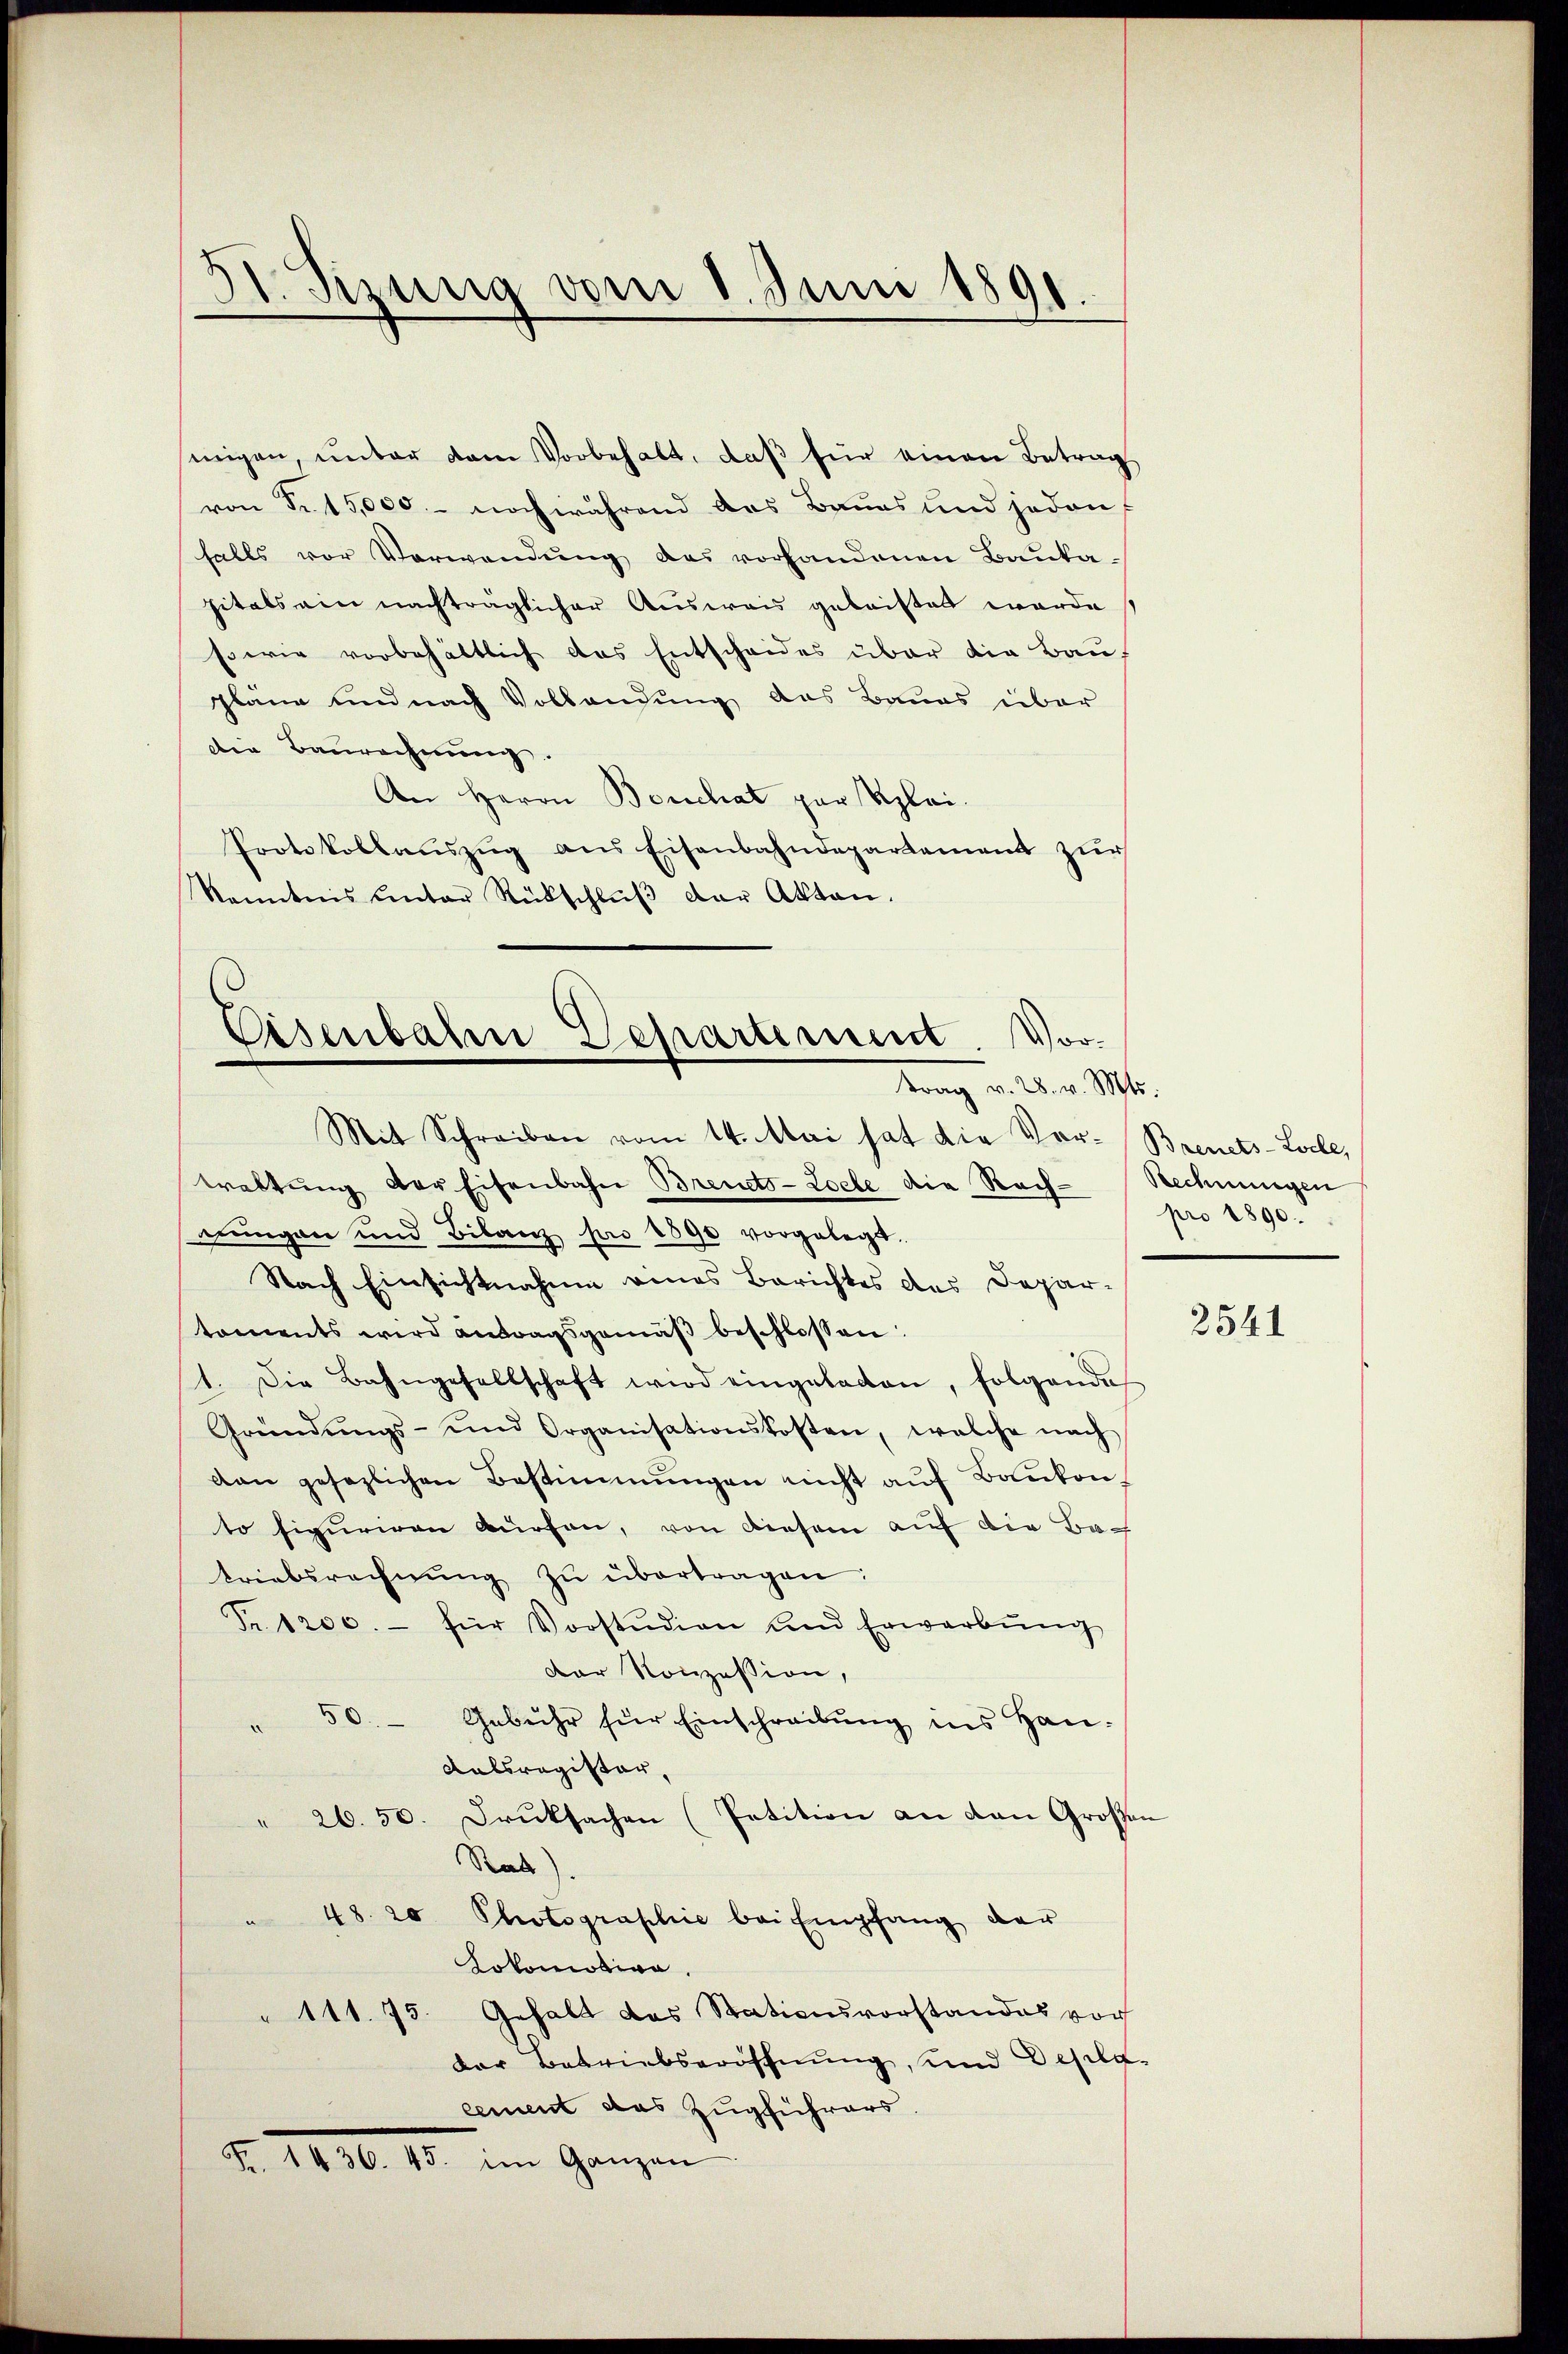
51. Sizung vom 1. Juni 1891.

sinigen, unter dem Vorbehalt, daβ für einen Betrag
von Fr. 15,000.- noch während das Baues und jeden
falls vor Verwendung des vorhandenen Baukapitals ein nachträglicher Ausweis geleistet werde
sowie vorbehältlich das Entscheides über die Bau-
pläne und nach Vollandung das Baues über
die Baurechnung.
An Herrn Berchat par Klei¬
Protokollaŭszŭg ans Eisenbahndepartement zŭr
Kenntnis unter Rückschlŭβ der Akten.

Mit Schreiben vom 14. Mai hat die Vor-Brenets-Loche,
waltung der Eisenbahn Brents-Loete die Rach-Rechnungen
rungen und Bilanz pro 1890 vorgelegt.
Nach Einsichtnahme eines Berichtes des Depar-
koments wird antragsgemäβ beschlossen:
1. Die Bahngesellschaft wird eingeladen, folgende
Gründŭngs- und Organisationskosten, welche nach
van gesezlichen Bestimmungen nicht auf Baukonto figuriren würfen, von diesem auf die Bach
triebsrechnŭng zŭ übertragen:
Fr. 1200.- für Vorstŭdian und Erwarbŭng
Der Konzession,
50. Gebühr für Einschreibŭng ins Han¬
Kalsregister,
" 26. 50. Druksachen (Petition an den Großen
Rat)
48. 20 Photographie bei Empfang der
Lokomotive.
" 111. 75. Gehalt das Stationsvorstandes vor
der Betriebseröffnung, und Deselb-
cement das Zugführers.
Fr. 1436. 45. im Ganzen

or¬
Eisenbaren Departement
trag v. 28. v. Mts.

pro 1890.

2541